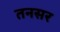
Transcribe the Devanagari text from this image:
तनसर